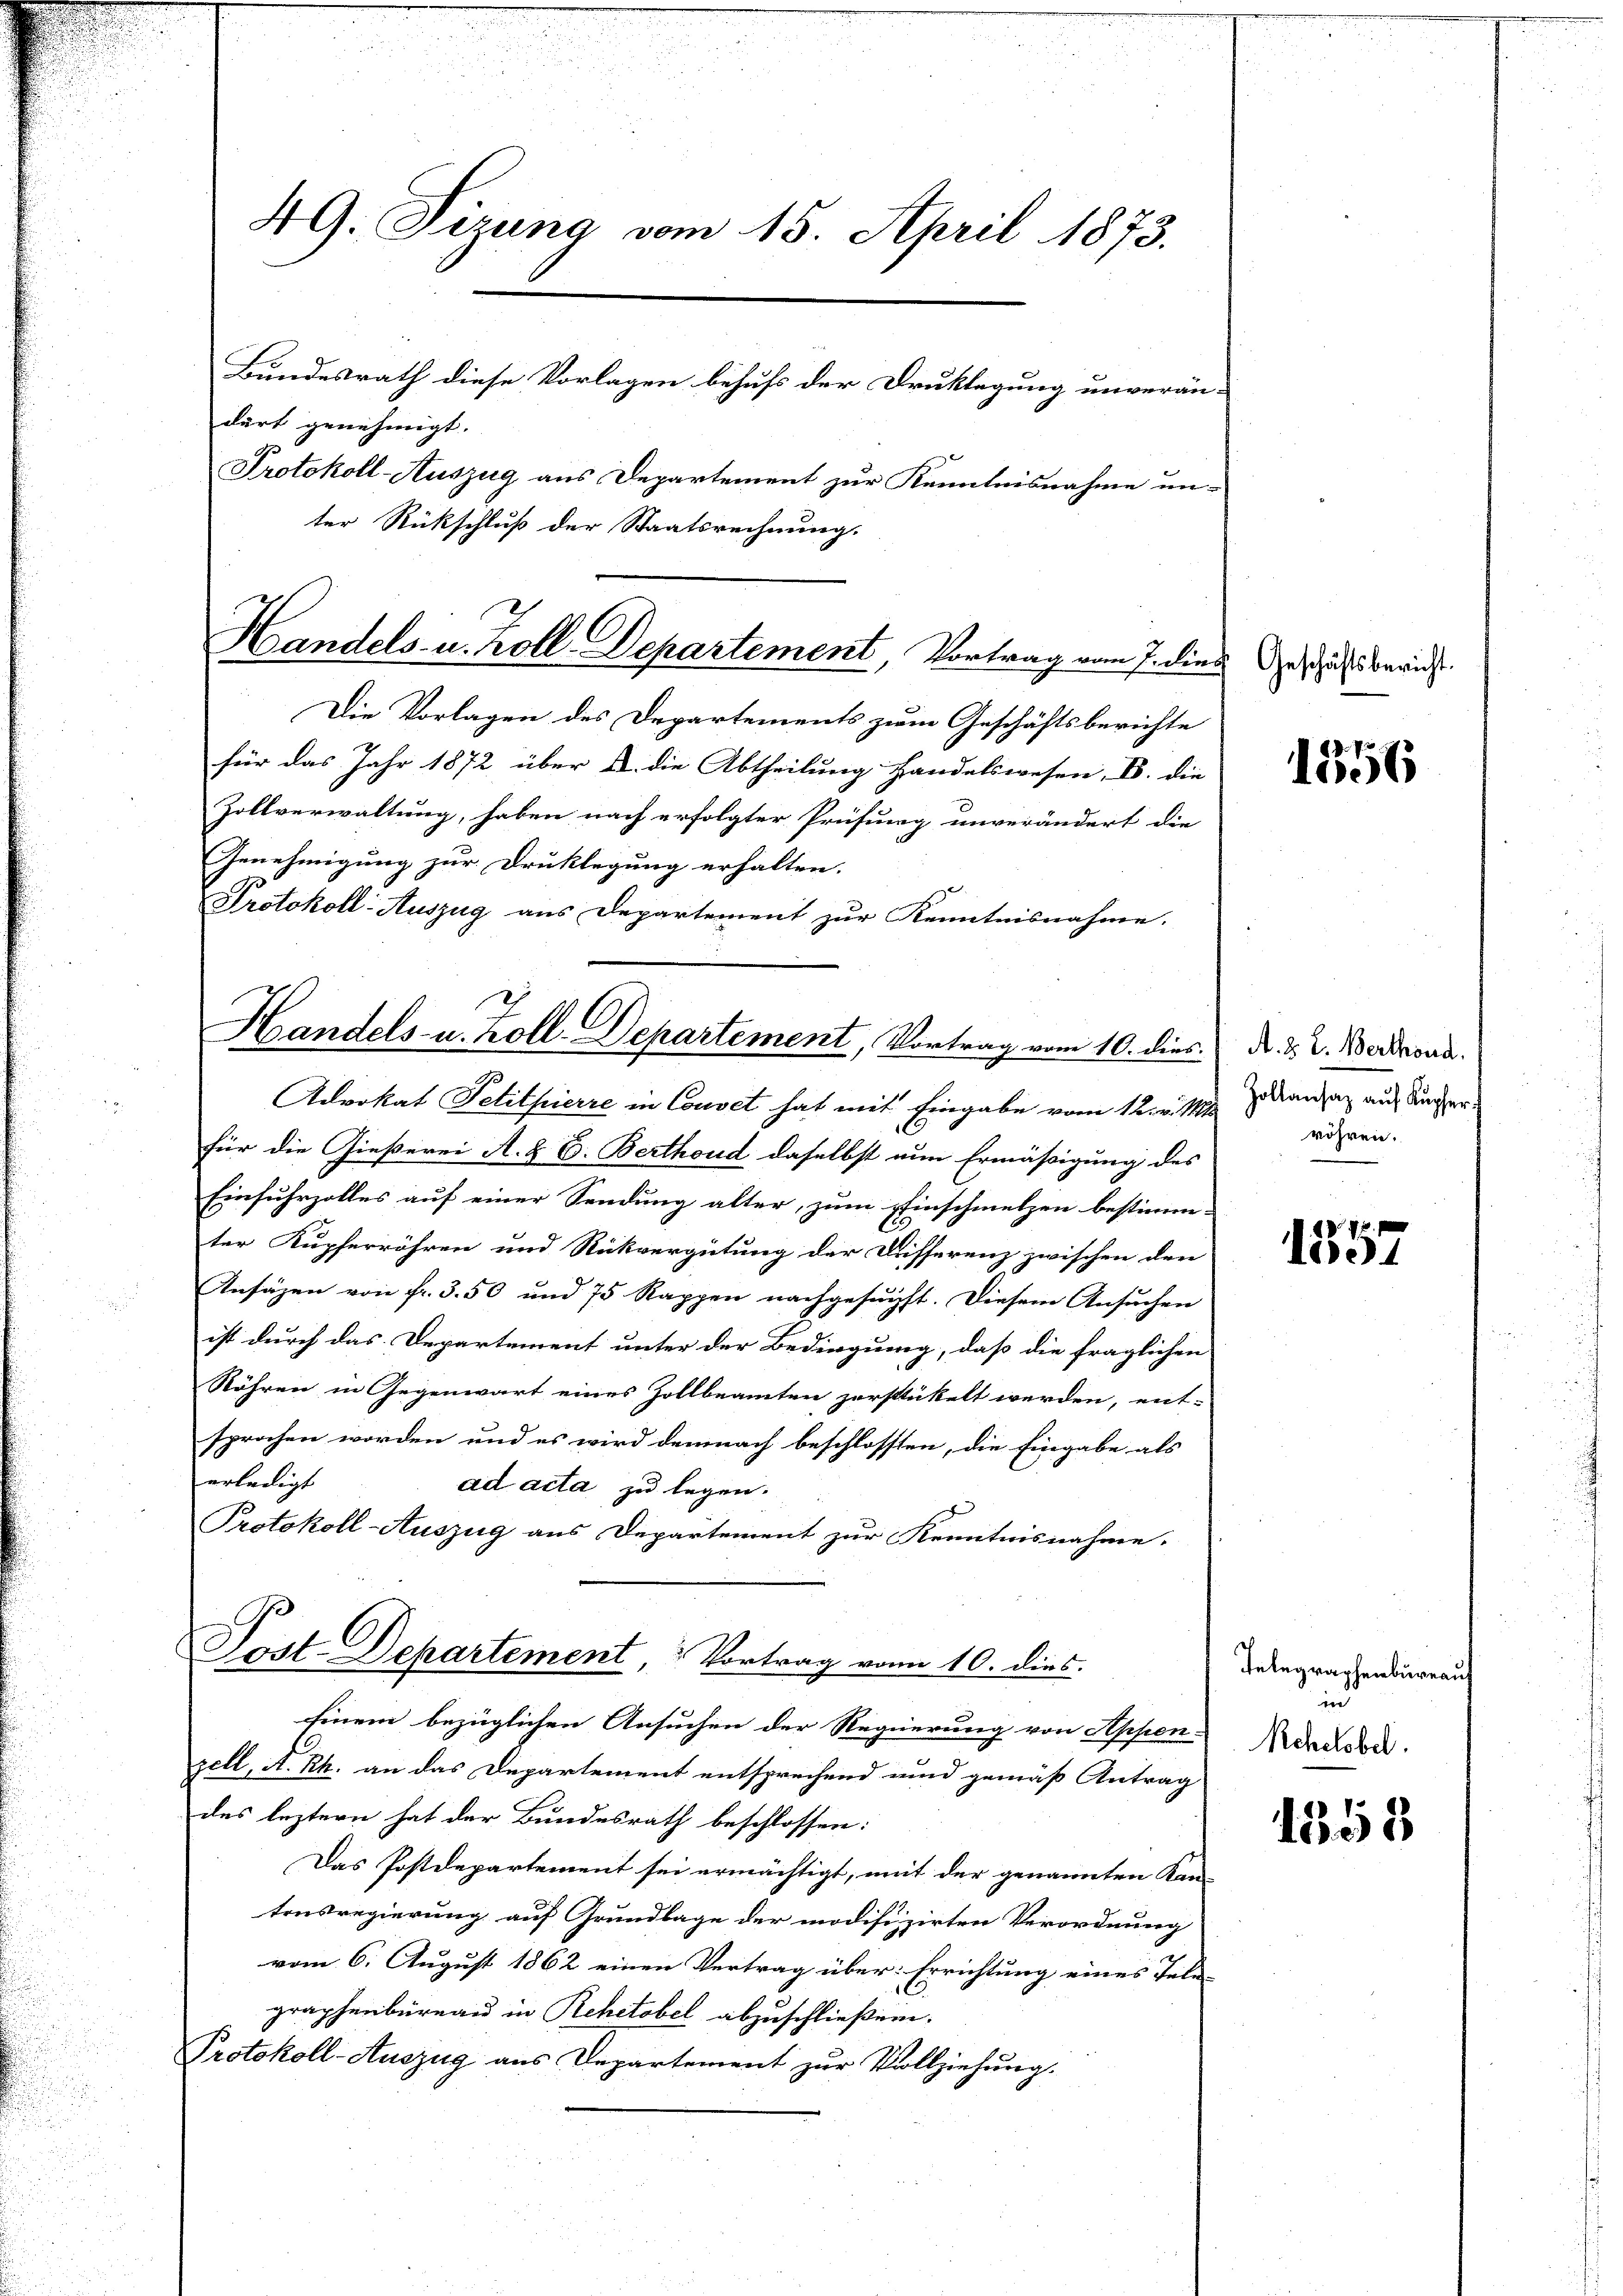
49. Sizung vom 15. April 1873.
Bundesrath diese Vorlagen behufs der Druklagung unverän-
durt genehmigt. |
Protokoll-Auszug aus Departement zur Kenntnisnahme un-
ter Rückschluß der Staatsrechnung.

Handels- u. Koll-Departement, Vortrag vom J. dies Geschicht berich

Handels- u. Zoll-Departement, Vortrag vom 10. dies
Advokat Petitpierre in Couvet hat mit Eingabe vom 12. v. Mts.

Die Vorlagen des Departements zum Geschäftsberichte
für das Jahr 1872 über a. die Abtheilung handelswesen, B. die
Zollverwaltung, haben nach erfolgter Prüfung unverändert die
Genehmigung zur Druklegung erhalten.
Protokoll-Auszug aus Departement zur Kenntnisnahme.

für die Gießerei A. B. C. Berthoud daselbst nun Ermäßigung des
Einfuhrzolles auf einer Sendung alter, zum Einschmelzen bestimm-
ter Kupferröhren und Rückvergütung der Differenz zwischen den
Ansäzen von fr. 3. 50 und 75 Rappen nachgesucht. Diesem Ansuchen
ist durch das Departement unter der Bedingung, daß die fraglichen
Röhren in Gegenwart eines Zollbeamten zerstickelt werden, ent-
sprochen worden und es wird demnach beschlossen, die Eingabe als
erledigt
ad acta zu legen.
Protokoll-Auszug aus Departement zur Kenntnisnahme.
9
Tost-Departement, Vortrag von 10. dies
Einem bezüglichen Ansuchen der Regierung von Appen-
zell, A. Rh. an das Departement entsprechend und gemäß Antrag
des leztern hat der Bundesrath beschlossen:
Das Postdepartement sei ermächtigt, mit der genannten Kan-
tonsregierung auf Grundlage der modifizirten Verordnung
vom 6. August 1862 einen Vertrag über: Errichtung eines Tele-
graphenbüreau in Rehetobel abzuschließen.
Protokoll-Auszug aus Departement zur Vollziehung.

1356

A. B. L. Werthoud.
Zollansaz auf Kupfer
röhren.

7f
14

Telegraphenbüreauf
ind
Rehctobel.

1558